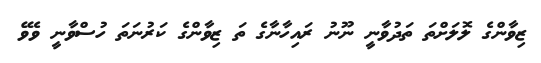
ޒިވާންގެ ލޮލަށްތަ ތަދުވާނީ ނޫނު ރައިހާނާގެ ތަ ޒިވާންގެ ކަރުނަތަ ހުސްވާނީ ވެވޭ